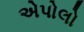
એપોલો